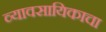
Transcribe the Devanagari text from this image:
व्यावसायिकाचा